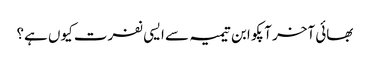
بھائی آخر آپکو ابن تیمیہ سے ایسی نفرت کیوں ہے؟